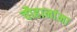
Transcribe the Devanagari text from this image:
चौहानांना